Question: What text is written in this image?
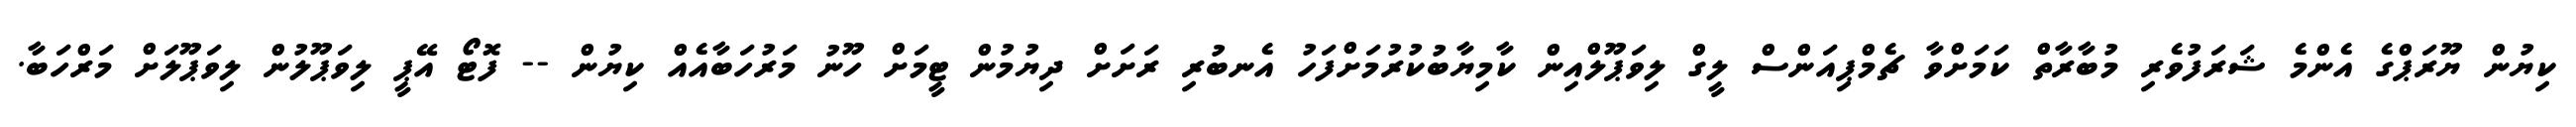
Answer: ކިޔުން ޔޫރަޕްގެ އެންމެ ޝަރަފުވެރި މުބާރާތް ކަމަށްވާ ޗެމްޕިއަންސް ލީގް ލިވަޕޫލްއިން ކާމިޔާބުކުރުމަށްފަހު އެނބުރި ރަށަށް ދިޔުމުން ޓީމަށް ހޫނު މަރުހަބާއެއް ކިޔުން -- ފޮޓޯ އޭޕީ ލިވަޕޫލުން ލިވަޕޫލަށް މަރްހަބާ.